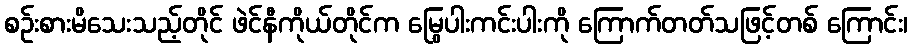
စဉ်းစားမိသေးသည့်တိုင် ဖဲင်နီကိုယ်တိုင်က မြွေပါးကင်းပါးကို ကြောက်တတ်သဖြင့်တစ် ကြောင်း၊